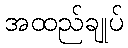
အထည်ချုပ်